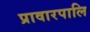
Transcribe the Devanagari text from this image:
प्रावारपालि